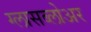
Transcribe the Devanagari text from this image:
ग्लासब्लोअर